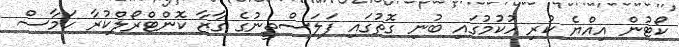
ކޯޓުން އިއްޔެ ކުރި ހުކުމުގައި ބުނި ގޮތުގައި ފަލަސްތީނުގެ ގާޒާ ކޮންޓްރޯލްކުރާ ހަމާސް